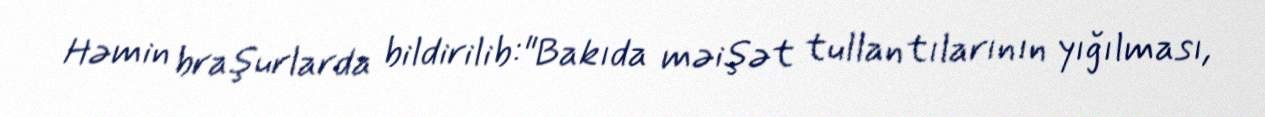
Həmin braşurlarda bildirilib:"Bakıda məişət tullantılarının yığılması,